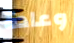
وعادة